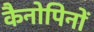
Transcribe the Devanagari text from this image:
कैनोपिनों